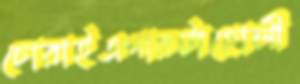
চোরাইএগারটাহোলী